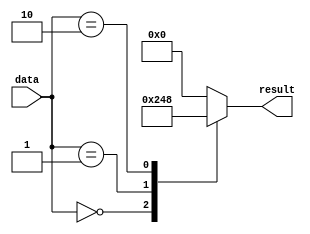
module casez_statement (
    input [3:0] data,
    output reg [3:0] result
);

always @* begin
    casez(data)
        4'b0000: result = 4'b0010;
        4'b0001: result = 4'b0100;
        4'b0010: result = 4'b1000;
        default: result = 4'b0000;
    endcase
end

endmodule